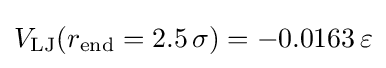
V_{\mathrm {LJ} }(r_{\mathrm {end} }=2.5\,\sigma )=-0.0163\,\varepsilon